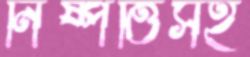
নিষ্পত্তিসহ